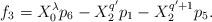
LaTeX: \begin{align*} f_{3}=X_{0}^{\lambda}p_{6}-X_{2}^{q'}p_{1}-X_{2}^{q'+1}p_{5}.\end{align*}